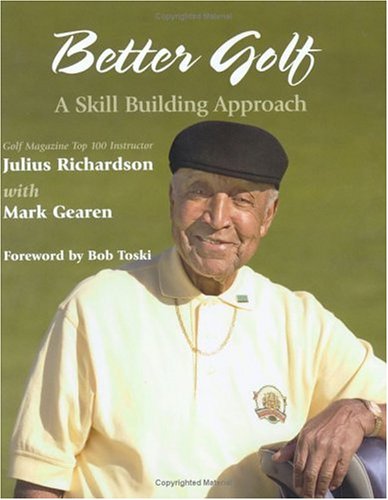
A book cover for Better Golf: A Skill Building Approach; Julius Richardson; Sports & Outdoors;